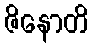
ဇိနောတိ